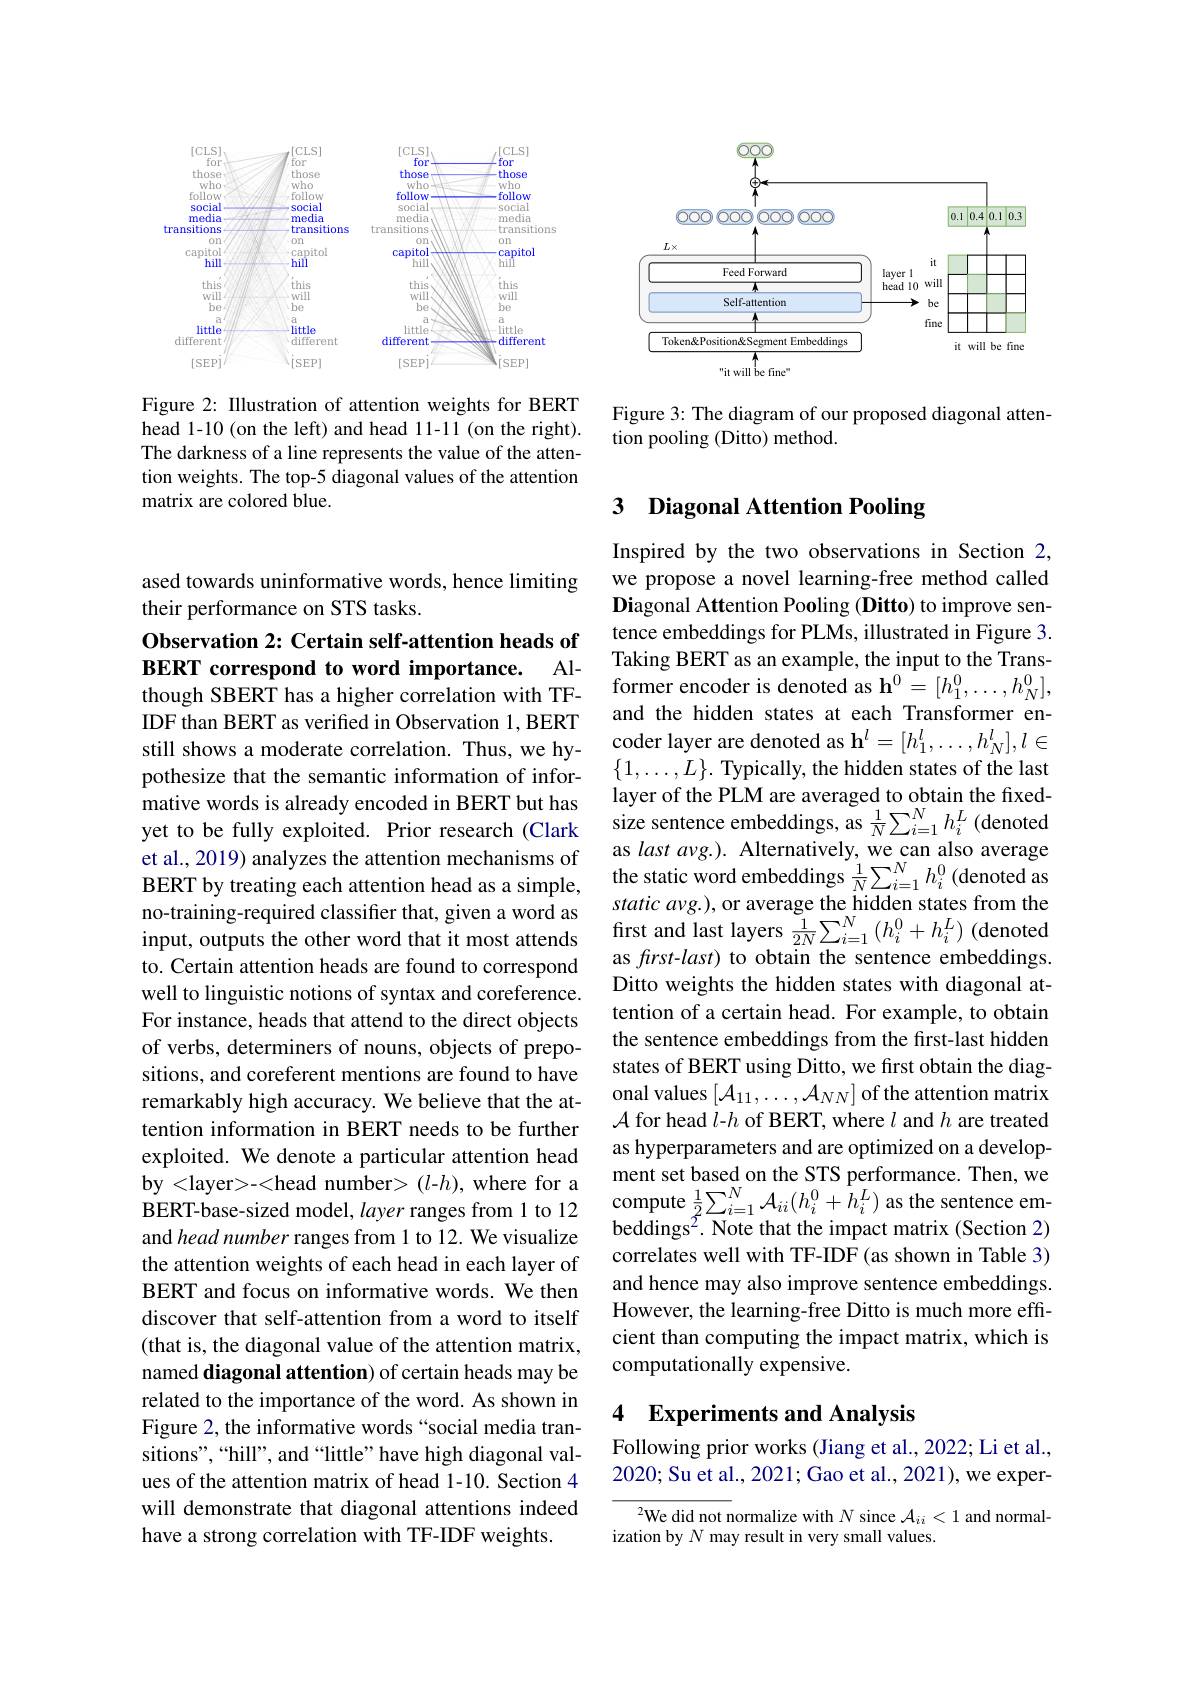
ased towards uninformative words, hence limiting
their performance on STS tasks.

Observation 2: Certain self-attention heads of
BERT correspond to word importance. Al- $\begin{array}{c}\text{Taking BEKI as an example,the input to the Trans-}\\\text{though SBERT has a higher correlation with TF-}&\text{former encoder is denoted as h}^0=[h_1^0,\ldots,h_N^0],\end{array}$

IDF than BERT as verified in Observation 1, BERT still shows a moderate correlation. Thus, we hypothesize that the semantic information of informative words is already encoded in BERT but has et al., 2019) analyzes the attention mechanisms of BERT by treating each attention head as a simple, no-training-required classifier that, given a word as to. Certain attention heads are found to correspond well to linguistic notions of syntax and coreference. For instance, heads that attend to the direct objects of verbs, determiners of nouns, objects of prepositions, and coreferent mentions are found to have remarkably high accuracy. We believe that the attention information in BERT needs to be further exploited. We denote a particular attention head by <layer>-<head number> ($l$-$h)$, where for a BERT-base-sized model, layer ranges from 1 to 12 and head number ranges from 1 to 12. We visualize the attention weights of each head in each layer of BERT and focus on informative words. We then discover that self-attention from a word to itself (that is, the diagonal value of the attention matrix, named diagonal attention) of certain heads may be related to the importance of the word. As shown in Figure 2, the informative words “social media transitions",“hill”, and“little”have high diagonal values of the attention matrix of head 1-10. Section 4 will demonstrate that diagonal attentions indeed have a strong correlation with TF-IDF weights.

<FigureHere>

Figure 2: Illustration of attention weights for BERT head 1-10 (on the left) and head 11-11 (on the right). The darkness of a line represents the value of the attention weights. The top-5 diagonal values of the attention matrix are colored blue.

<FigureHere>

Figure 3: The diagram of our proposed diagonal atten-
tion pooling (Ditto) method.

## 3 Diagonal Attention Pooling

Inspired by the two observations in Section 2, we propose a novel learning-free method called Diagonal Attention Pooling (Ditto) to improve sentence embeddings for PLMs, illustrated in Figure 3. Taking BERT as an example, the input to the Transand the hidden states at each Transformer encoder layer are denoted as $\mathbf{h}^l=[h_1^l,\ldots,h_N^l],l\in$ $\{1,\ldots,L\}.$ Typically, the hidden states of the last layer of the PLM are averaged to obtain the fixed-
mauve words is already encoued in BEkl but has size sentence embeddings, as $\frac1N\sum_{i=1}^Nh_i^L$ (denoted
as last avg.). Alternatively, we can also average the static word embeddings $\frac1N\sum_{i=1}^{N}h_{i}^{0}$(denoted as static avg.), or average the hidden states from the
no-traınıng-requıred classıfıer that, gıven a word as fırst and last layers $\frac1{2N}\sum_{i=1}^N\left(h_i^0+h_i^L\right)$ (denoted input, outputs the other word that it most attends fırst and last layers $\frac1{2N}\sum_{i=1}^N\left(h_i^0+h_i^L\right)$ (denoted
as frst-last) to obtain the sentence embeddings. Ditto weights the hidden states with diagonal attention of a certain head. For example, to obtain the sentence embeddings from the first-last hidden states of BERT using Ditto, we first obtain the diagonal values $[\mathcal{A}_{11},\ldots,\mathcal{A}_{NN}]$ of the attention matrix $\mathcal{A}$ for head $l$-h of BERT, where $l$ and $h$ are treated as hyperparameters and are optimized on a development set based on the STS performance. Then, we compute $\frac12\sum_{i=1}^N\mathcal{A}_{ii}(h_{i}^0+h_{i}^L)$ as the sentence embeddings$^{2}.$ Note that the impact matrix (Section 2) correlates well with TF-IDF(as shown in Table 3) and hence may also improve sentence embeddings. However, the learning-free Ditto is much more effcient than computing the impact matrix, which is computationally expensive.

## 4 Experiments and Analysis

Following prior works (Jiang et al., 2022; Li et al., 2020; Su et al., 2021; Gao et al., 2021), we exper-

$^2$We did not normalize with $N$ since $\mathcal{A}_ii<1$ and normal-
ization by $N$ may result in very small values